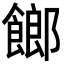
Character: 𩝢